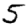
Digit: 5